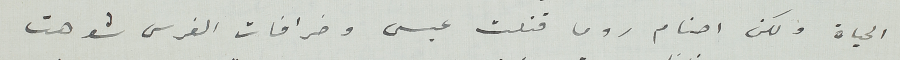
الحياة ولكن اصنام روما قتلت عيسى وخرافات الفرس شوهت